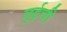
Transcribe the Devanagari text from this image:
लुईची